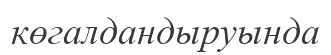
көгалдандыруында